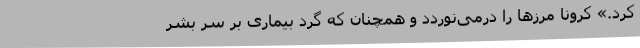
کرد.» کرونا مرزها را درمی‌نوردد و همچنان که گرد بیماری بر سر بشر